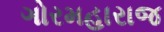
ગોરમહારાજ